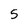
Character: 5